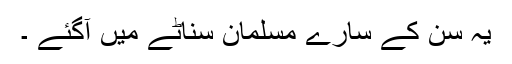
یہ سن کے سارے مسلمان سناٹے میں آگئے ۔